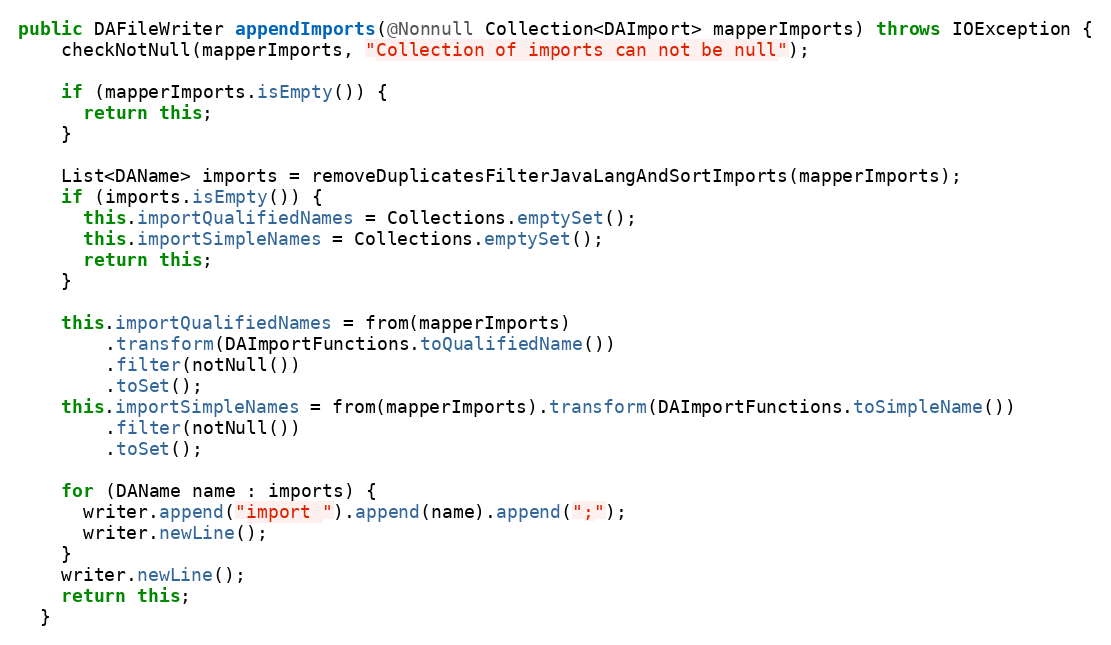
Language: Java
public DAFileWriter appendImports(@Nonnull Collection<DAImport> mapperImports) throws IOException {
    checkNotNull(mapperImports, "Collection of imports can not be null");

    if (mapperImports.isEmpty()) {
      return this;
    }

    List<DAName> imports = removeDuplicatesFilterJavaLangAndSortImports(mapperImports);
    if (imports.isEmpty()) {
      this.importQualifiedNames = Collections.emptySet();
      this.importSimpleNames = Collections.emptySet();
      return this;
    }

    this.importQualifiedNames = from(mapperImports)
        .transform(DAImportFunctions.toQualifiedName())
        .filter(notNull())
        .toSet();
    this.importSimpleNames = from(mapperImports).transform(DAImportFunctions.toSimpleName())
        .filter(notNull())
        .toSet();

    for (DAName name : imports) {
      writer.append("import ").append(name).append(";");
      writer.newLine();
    }
    writer.newLine();
    return this;
  }